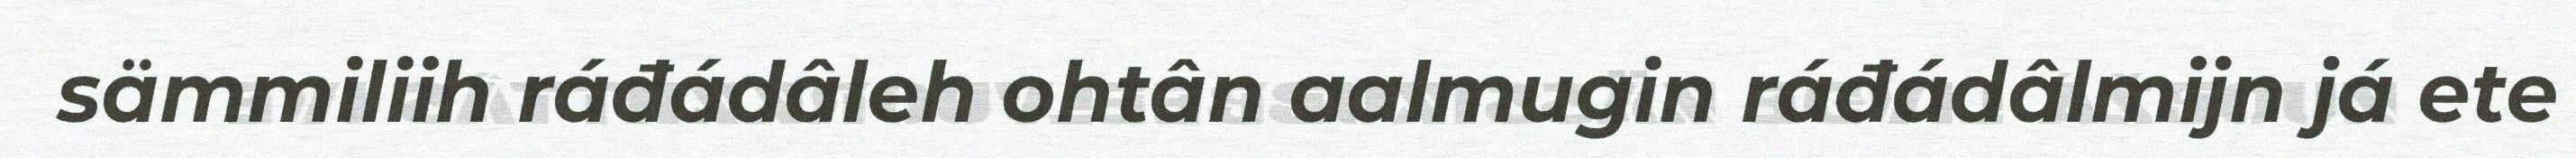
sämmiliih ráđádâleh ohtân aalmugin ráđádâlmijn já ete